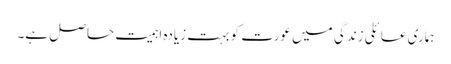
ہماری عائلی زندگی میں عورت کو بہت زیادہ اہمیت حاصل ہے۔